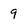
Character: 9